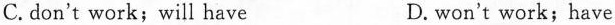
C.don't work; will have D. won't work; have